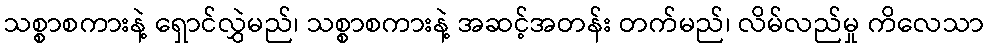
သစ္စာစကားနဲ့ ရှောင်လွှဲမည်၊ သစ္စာစကားနဲ့ အဆင့်အတန်း တက်မည်၊ လိမ်လည်မှု ကိလေသာ